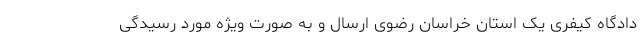
دادگاه کیفری یک استان خراسان رضوی ارسال و به صورت ویژه مورد رسیدگی